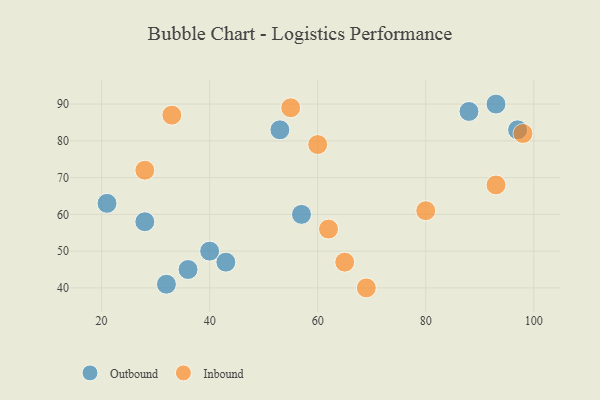
{"axis": {"x": "GDP", "y": "Life Expectancy"}, "legend": ["Inbound", "Outbound"], "data": [{"x": "93", "y": 90, "type": "Outbound"}, {"x": "28", "y": 58, "type": "Outbound"}, {"x": "53", "y": 83, "type": "Outbound"}, {"x": "43", "y": 47, "type": "Outbound"}, {"x": "32", "y": 41, "type": "Outbound"}, {"x": "97", "y": 83, "type": "Outbound"}, {"x": "21", "y": 63, "type": "Outbound"}, {"x": "88", "y": 88, "type": "Outbound"}, {"x": "57", "y": 60, "type": "Outbound"}, {"x": "36", "y": 45, "type": "Outbound"}, {"x": "40", "y": 50, "type": "Outbound"}, {"x": "93", "y": 68, "type": "Inbound"}, {"x": "55", "y": 89, "type": "Inbound"}, {"x": "62", "y": 56, "type": "Inbound"}, {"x": "33", "y": 87, "type": "Inbound"}, {"x": "65", "y": 47, "type": "Inbound"}, {"x": "80", "y": 61, "type": "Inbound"}, {"x": "98", "y": 82, "type": "Inbound"}, {"x": "28", "y": 72, "type": "Inbound"}, {"x": "69", "y": 40, "type": "Inbound"}, {"x": "60", "y": 79, "type": "Inbound"}]}